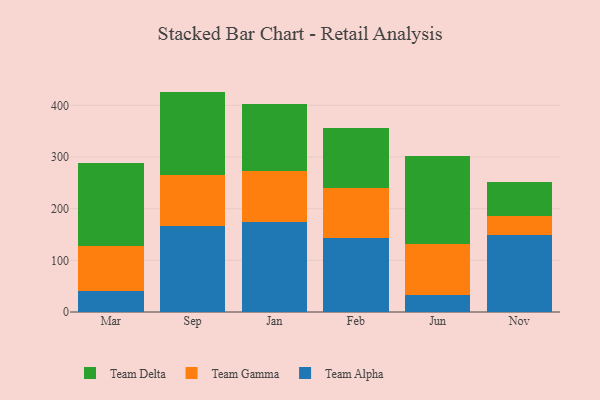
{"axis": {"x": "Month", "y": "Page Views"}, "legend": ["Team Alpha", "Team Delta", "Team Gamma"], "data": [{"x": "Mar", "y": 39.9, "type": "Team Alpha"}, {"x": "Mar", "y": 87.5, "type": "Team Gamma"}, {"x": "Mar", "y": 160.7, "type": "Team Delta"}, {"x": "Sep", "y": 165.9, "type": "Team Alpha"}, {"x": "Sep", "y": 99.4, "type": "Team Gamma"}, {"x": "Sep", "y": 161.4, "type": "Team Delta"}, {"x": "Jan", "y": 174.8, "type": "Team Alpha"}, {"x": "Jan", "y": 97.8, "type": "Team Gamma"}, {"x": "Jan", "y": 129.9, "type": "Team Delta"}, {"x": "Feb", "y": 142.6, "type": "Team Alpha"}, {"x": "Feb", "y": 96.6, "type": "Team Gamma"}, {"x": "Feb", "y": 117.2, "type": "Team Delta"}, {"x": "Jun", "y": 33.2, "type": "Team Alpha"}, {"x": "Jun", "y": 98.2, "type": "Team Gamma"}, {"x": "Jun", "y": 170.0, "type": "Team Delta"}, {"x": "Nov", "y": 149.5, "type": "Team Alpha"}, {"x": "Nov", "y": 36.2, "type": "Team Gamma"}, {"x": "Nov", "y": 65.5, "type": "Team Delta"}]}